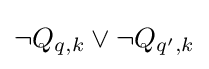
\lnot Q_{q,k}\lor \lnot Q_{q',k}